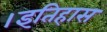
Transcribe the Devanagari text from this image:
।इतिहास